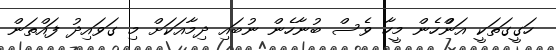
ހަގީގަތަކީ އަންްހެން މީހާ ވެސް ބުނާހެން ނުބައި ދިމާއަކަށް މި ގަވައިދު ފައްތަން